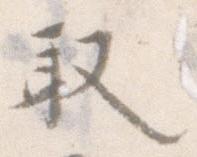
取